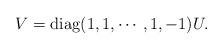
LaTeX: \begin{align*} V = {\rm diag}(1, 1, \cdots, 1, -1) U. \end{align*}